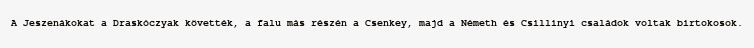
A Jeszenákokat a Draskóczyak követték, a falu más részén a Csenkey, majd a Németh és Csillinyi családok voltak birtokosok.